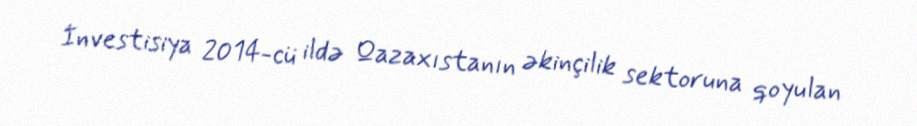
İnvestisiya 2014-cü ildə Qazaxıstanın əkinçilik sektoruna qoyulan